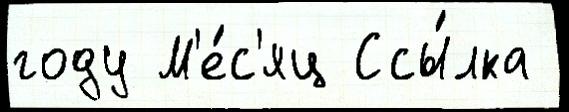
году М'е́с'яц Ссы́лка